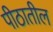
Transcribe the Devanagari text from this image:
पीठातील